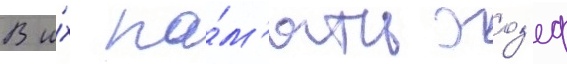
В и́х па́м'ять жоз'еф